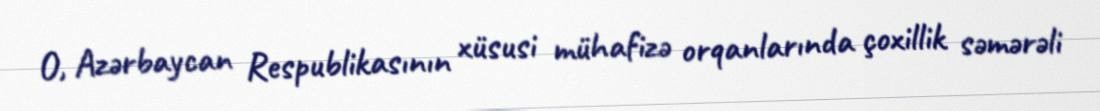
O, Azərbaycan Respublikasının xüsusi mühafizə orqanlarında çoxillik səmərəli